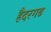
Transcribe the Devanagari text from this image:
हैदरगढ